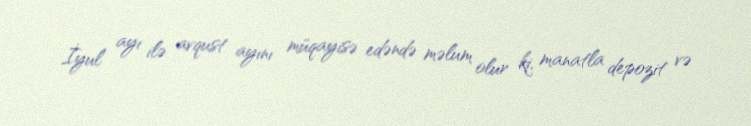
İyul ayı ilə avqust ayını müqayisə edəndə məlum olur ki, manatla depozit və